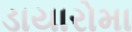
ડાયારોમા